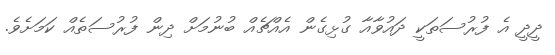
ދީދީ އެ ފުރުސަތަކީ ދައުވާއާ ގުޅިގެން އެއްޗެއް ބުނުމަށް ދިން ފުރުސަތެއް ކަމަށެވެ.